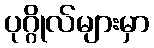
ပုဂ္ဂိုလ်များမှာ